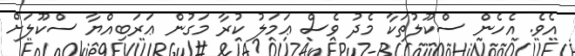
އެވެ. އެހެން ސްކޫލުތަކާ މެދު ވެސް ޢަމަލު ކުރާ މަގުން ޢަރަބިއްޔާ ސްކޫލަށް